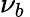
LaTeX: \nu_{b}\,